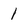
Character: 1